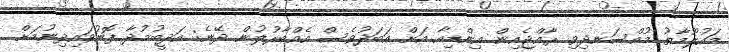
މައުލޫމާތު މުއްސަނދިވި ރާއްޖެއިން އިންޑިއާ އަށް އަބަދުވެސް އެއްބާރުލުން ދޭނެ: އަދީބުމުދާ ފޮނުވައިދިނުމަށް